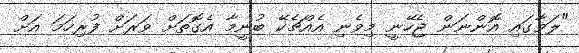
"ލަވާގައި އޮންނަން ޖެހޭނީ މިވެނި އެއްޗެކޭ ބުނީމާ އެގޮތަށް ވަރަށް ފުރިހަމަ އަށް